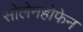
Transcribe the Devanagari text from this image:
सोलेनहोफेन